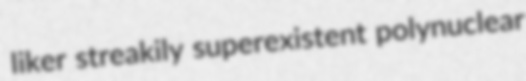
liker streakily superexistent polynuclear